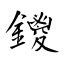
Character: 鑁